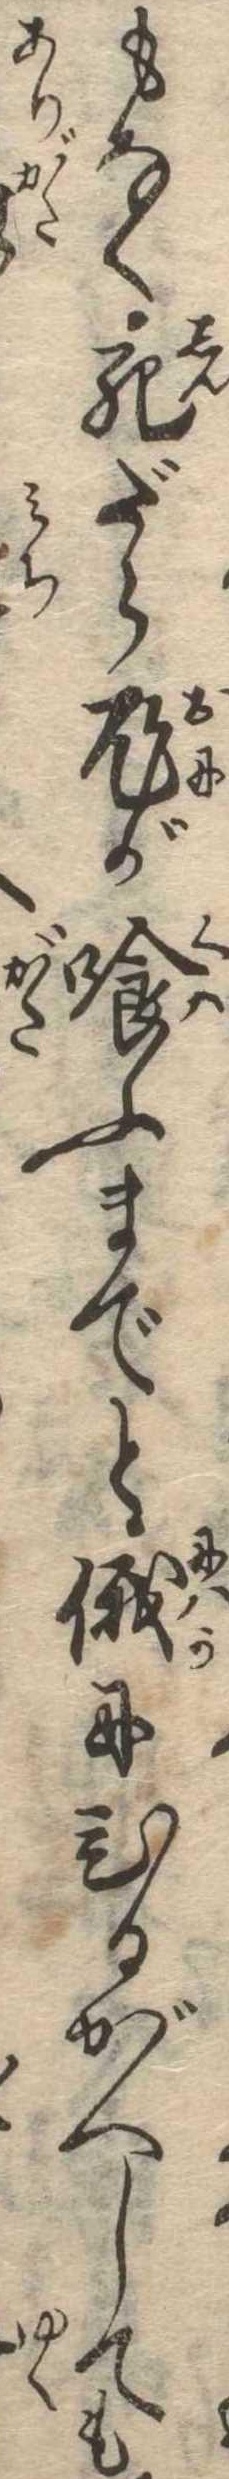
もなく死だら鬼が喰ふまでと俄にひるがへしても